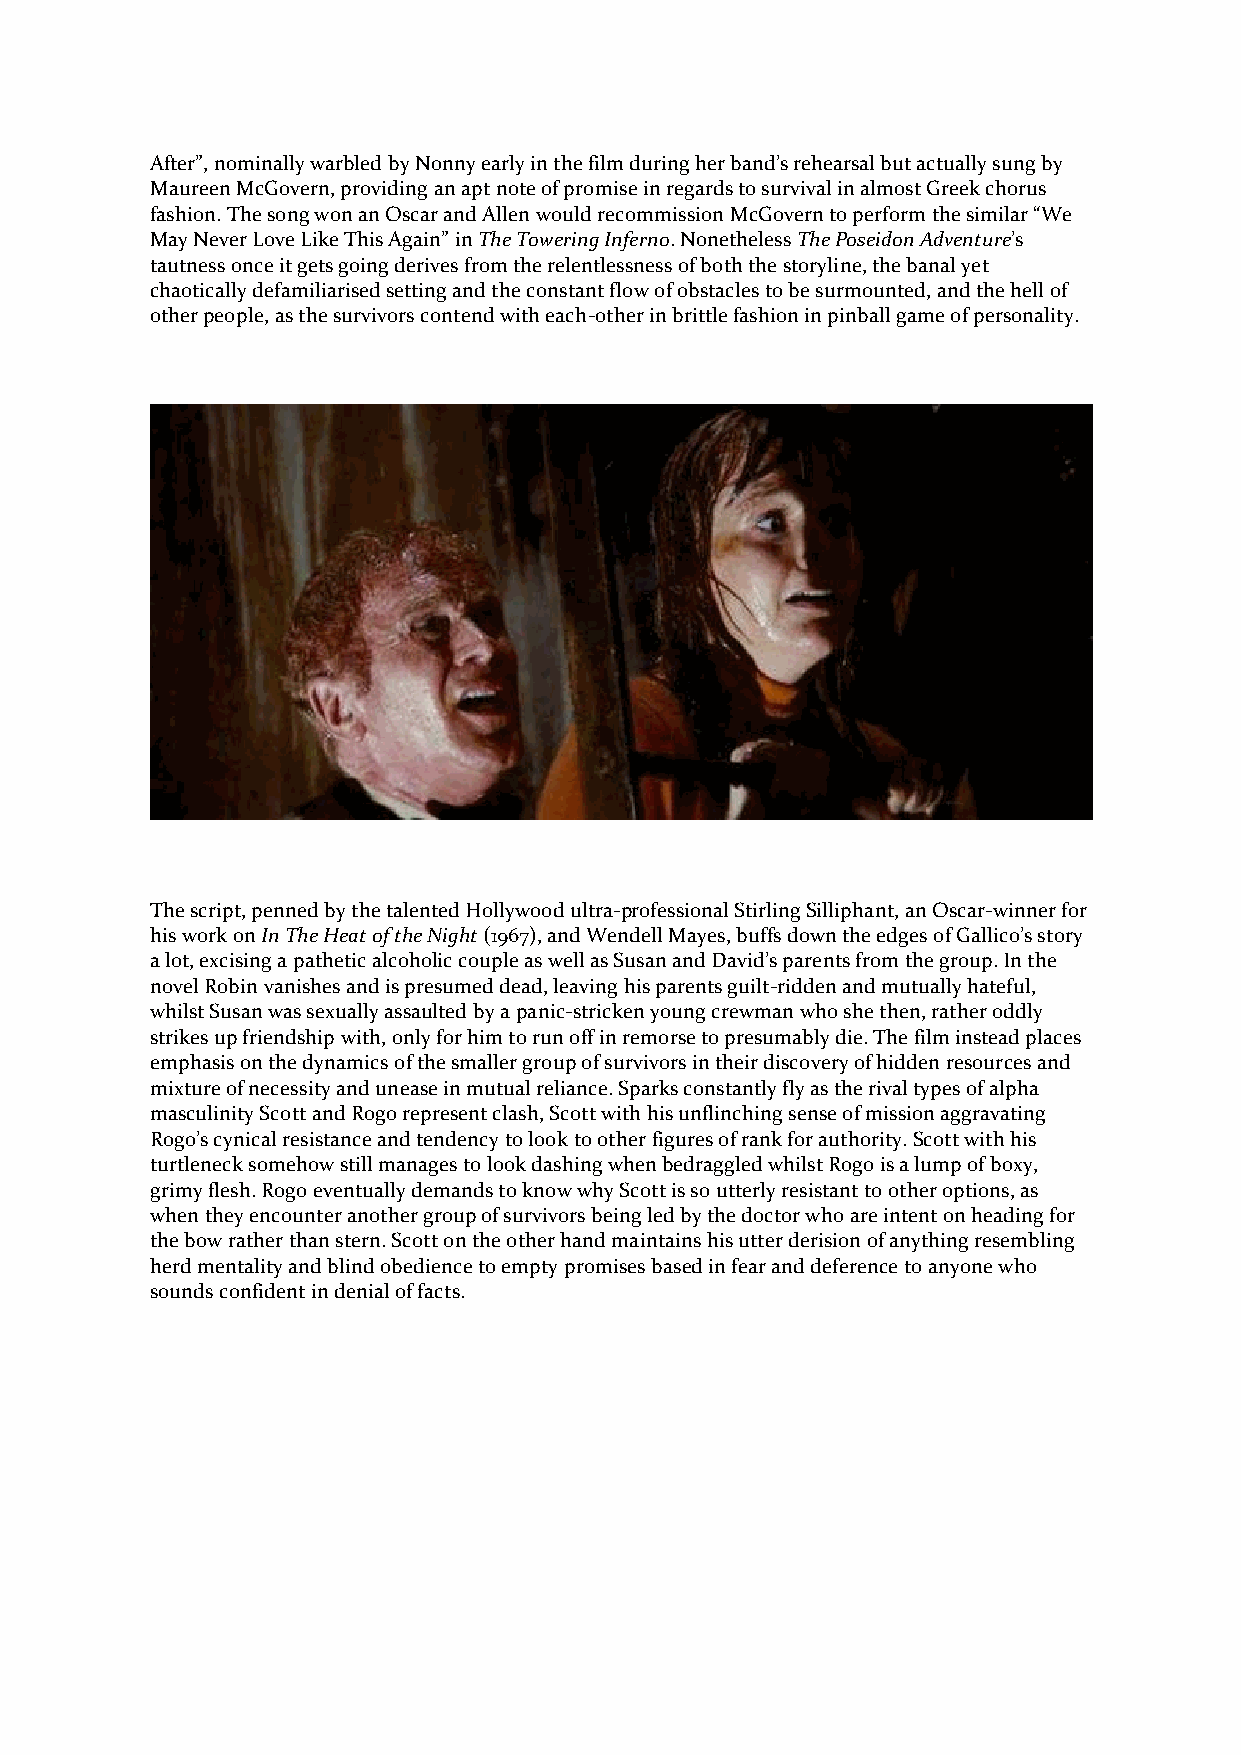
After”, nominally warbled by Nonny early in the film during her band’s rehearsal but actually sung by
 Maureen McGovern, providing an apt note of promise in regards to survival in almost Greek chorus
 fashion. The song won an Oscar and Allen would recommission McGovern to perform the similar “We
 May Never Love Like This Again” in The Towering Inferno. Nonetheless The Poseidon Adventure’s
 tautness once it gets going derives from the relentlessness of both the storyline, the banal yet
 chaotically defamiliarised setting and the constant flow of obstacles to be surmounted, and the hell of
 other people, as the survivors contend with each-other in brittle fashion in pinball game of personality.
 The script, penned by the talented Hollywood ultra-professional Stirling Silliphant, an Oscar-winner for
 his work on In The Heat of the Night (1967), and Wendell Mayes, buffs down the edges of Gallico’s story
 a lot, excising a pathetic alcoholic couple as well as Susan and David’s parents from the group. In the
 novel Robin vanishes and is presumed dead, leaving his parents guilt-ridden and mutually hateful,
 whilst Susan was sexually assaulted by a panic-stricken young crewman who she then, rather oddly
 strikes up friendship with, only for him to run off in remorse to presumably die. The film instead places
 emphasis on the dynamics of the smaller group of survivors in their discovery of hidden resources and
 mixture of necessity and unease in mutual reliance. Sparks constantly fly as the rival types of alpha
 masculinity Scott and Rogo represent clash, Scott with his unflinching sense of mission aggravating
 Rogo’s cynical resistance and tendency to look to other figures of rank for authority. Scott with his
 turtleneck somehow still manages to look dashing when bedraggled whilst Rogo is a lump of boxy,
 grimy flesh. Rogo eventually demands to know why Scott is so utterly resistant to other options, as
 when they encounter another group of survivors being led by the doctor who are intent on heading for
 the bow rather than stern. Scott on the other hand maintains his utter derision of anything resembling
 herd mentality and blind obedience to empty promises based in fear and deference to anyone who
 sounds confident in denial of facts.